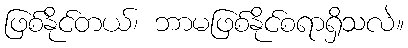
ဖြစ်နိုင်တယ်၊ ဘာမဖြစ်နိုင်စရာရှိသလဲ။